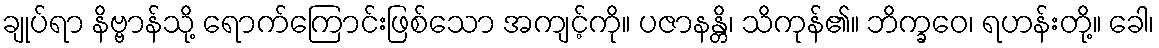
ချုပ်ရာ နိဗ္ဗာန်သို့ ရောက်ကြောင်းဖြစ်သော အကျင့်ကို။ ပဇာနန္တိ၊ သိကုန်၏။ ဘိက္ခဝေ၊ ရဟန်းတို့။ ခေါ၊